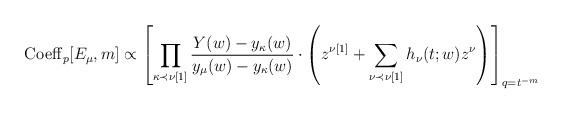
LaTeX: \begin{align*}{\rm Coeff}_p[E_{\mu},m]\propto\left[\prod_{\substack{\kappa \prec \nu[1]}}\frac{Y(w)-y_{\kappa}(w)}{y_{\mu}(w)-y_{\kappa}(w)}\cdot\left( z^{\nu[1]} + \sum_{\nu \prec \nu[1]} h_{\nu}(t;w) z^{\nu} \right)\right]_{q=t^{-m}}\end{align*}